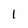
Character: 1